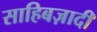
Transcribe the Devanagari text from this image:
साहिबज़ादी